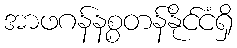
အာဖဂန်နစ္စတန်နိုင်ငံရှိ